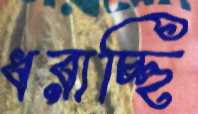
ধরাচ্ছি